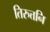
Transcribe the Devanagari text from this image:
तिरुत्तनि